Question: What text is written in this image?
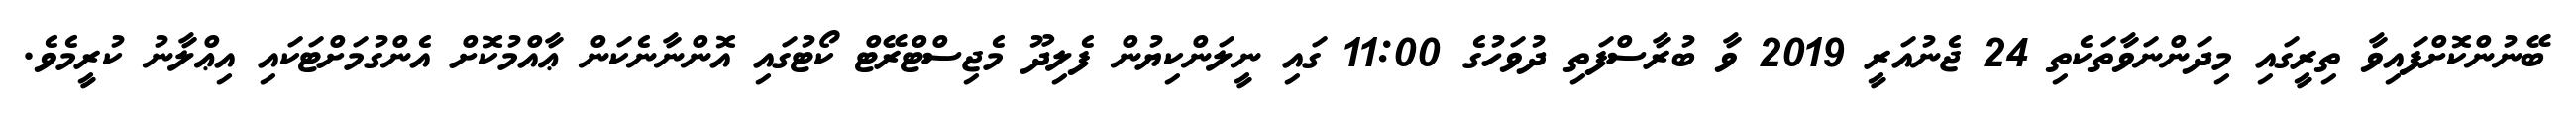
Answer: ބޭނުންކޮށްފައިވާ ތިރީގައި މިދަންނަވާތަކެތި 24 ޖެނުއަރީ 2019 ވާ ބުރާސްފަތި ދުވަހުގެ 11:00 ގައި ނީލަންކިޔުން ފެލިދޫ މެޖިސްޓްރޭޓް ކޯޓުގައި އޮންނާނެކަން ޢާއްމުކޮށް އެންގުމަށްޓަކައި އިޢްލާނު ކުރީމެވެ.